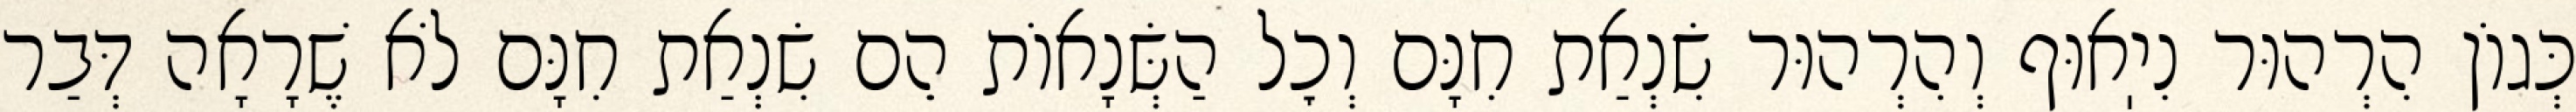
כְּגוֹן הִרְהוּר נִיֽאוּף וְהִרְהוּר שִׂנְאַת חִנָּם וְכׇל הַשְּׂנָאוֹת הֵם שִׂנְאַת חִנָּם לֹא שֶׁרָאָה דְּבַר